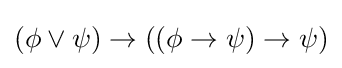
(\phi \lor \psi )\to ((\phi \to \psi )\to \psi )